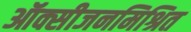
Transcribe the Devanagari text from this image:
ऑक्सीजनमिश्रित